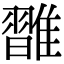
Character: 𩀦